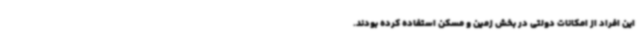
این افراد از امکانات دولتی در بخش زمین و مسکن استفاده کرده بودند.